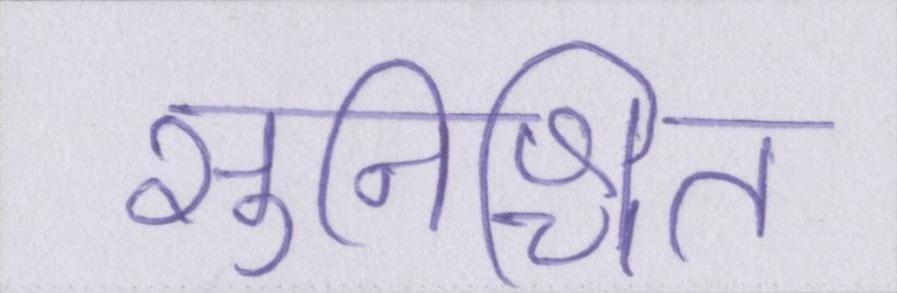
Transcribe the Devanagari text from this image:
सुनिश्चित